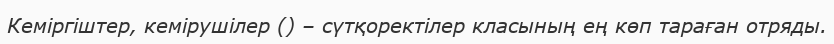
Кеміргіштер, кемірушілер () – сүтқоректілер класының ең көп тараған отряды.